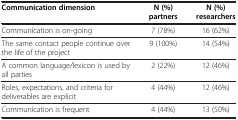
| Communication dimension | N (%) partners | N (%) researchers |
 | --- | --- | --- |
 | Communication is on-going | 7 (78%) | 16 (62%) |
 | The same contact people continue over the life of the project | 9 (100%) | 14 (54%) |
 | A common language/lexicon is used by all parties | 2 (22%) | 12 (46%) |
 | Roles, expectations, and criteria for deliverables are explicit | 4 (44%) | 12 (46%) |
 | Communication is frequent | 4 (44%) | 13 (50%) |